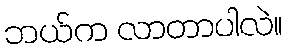
ဘယ်က လာတာပါလဲ။